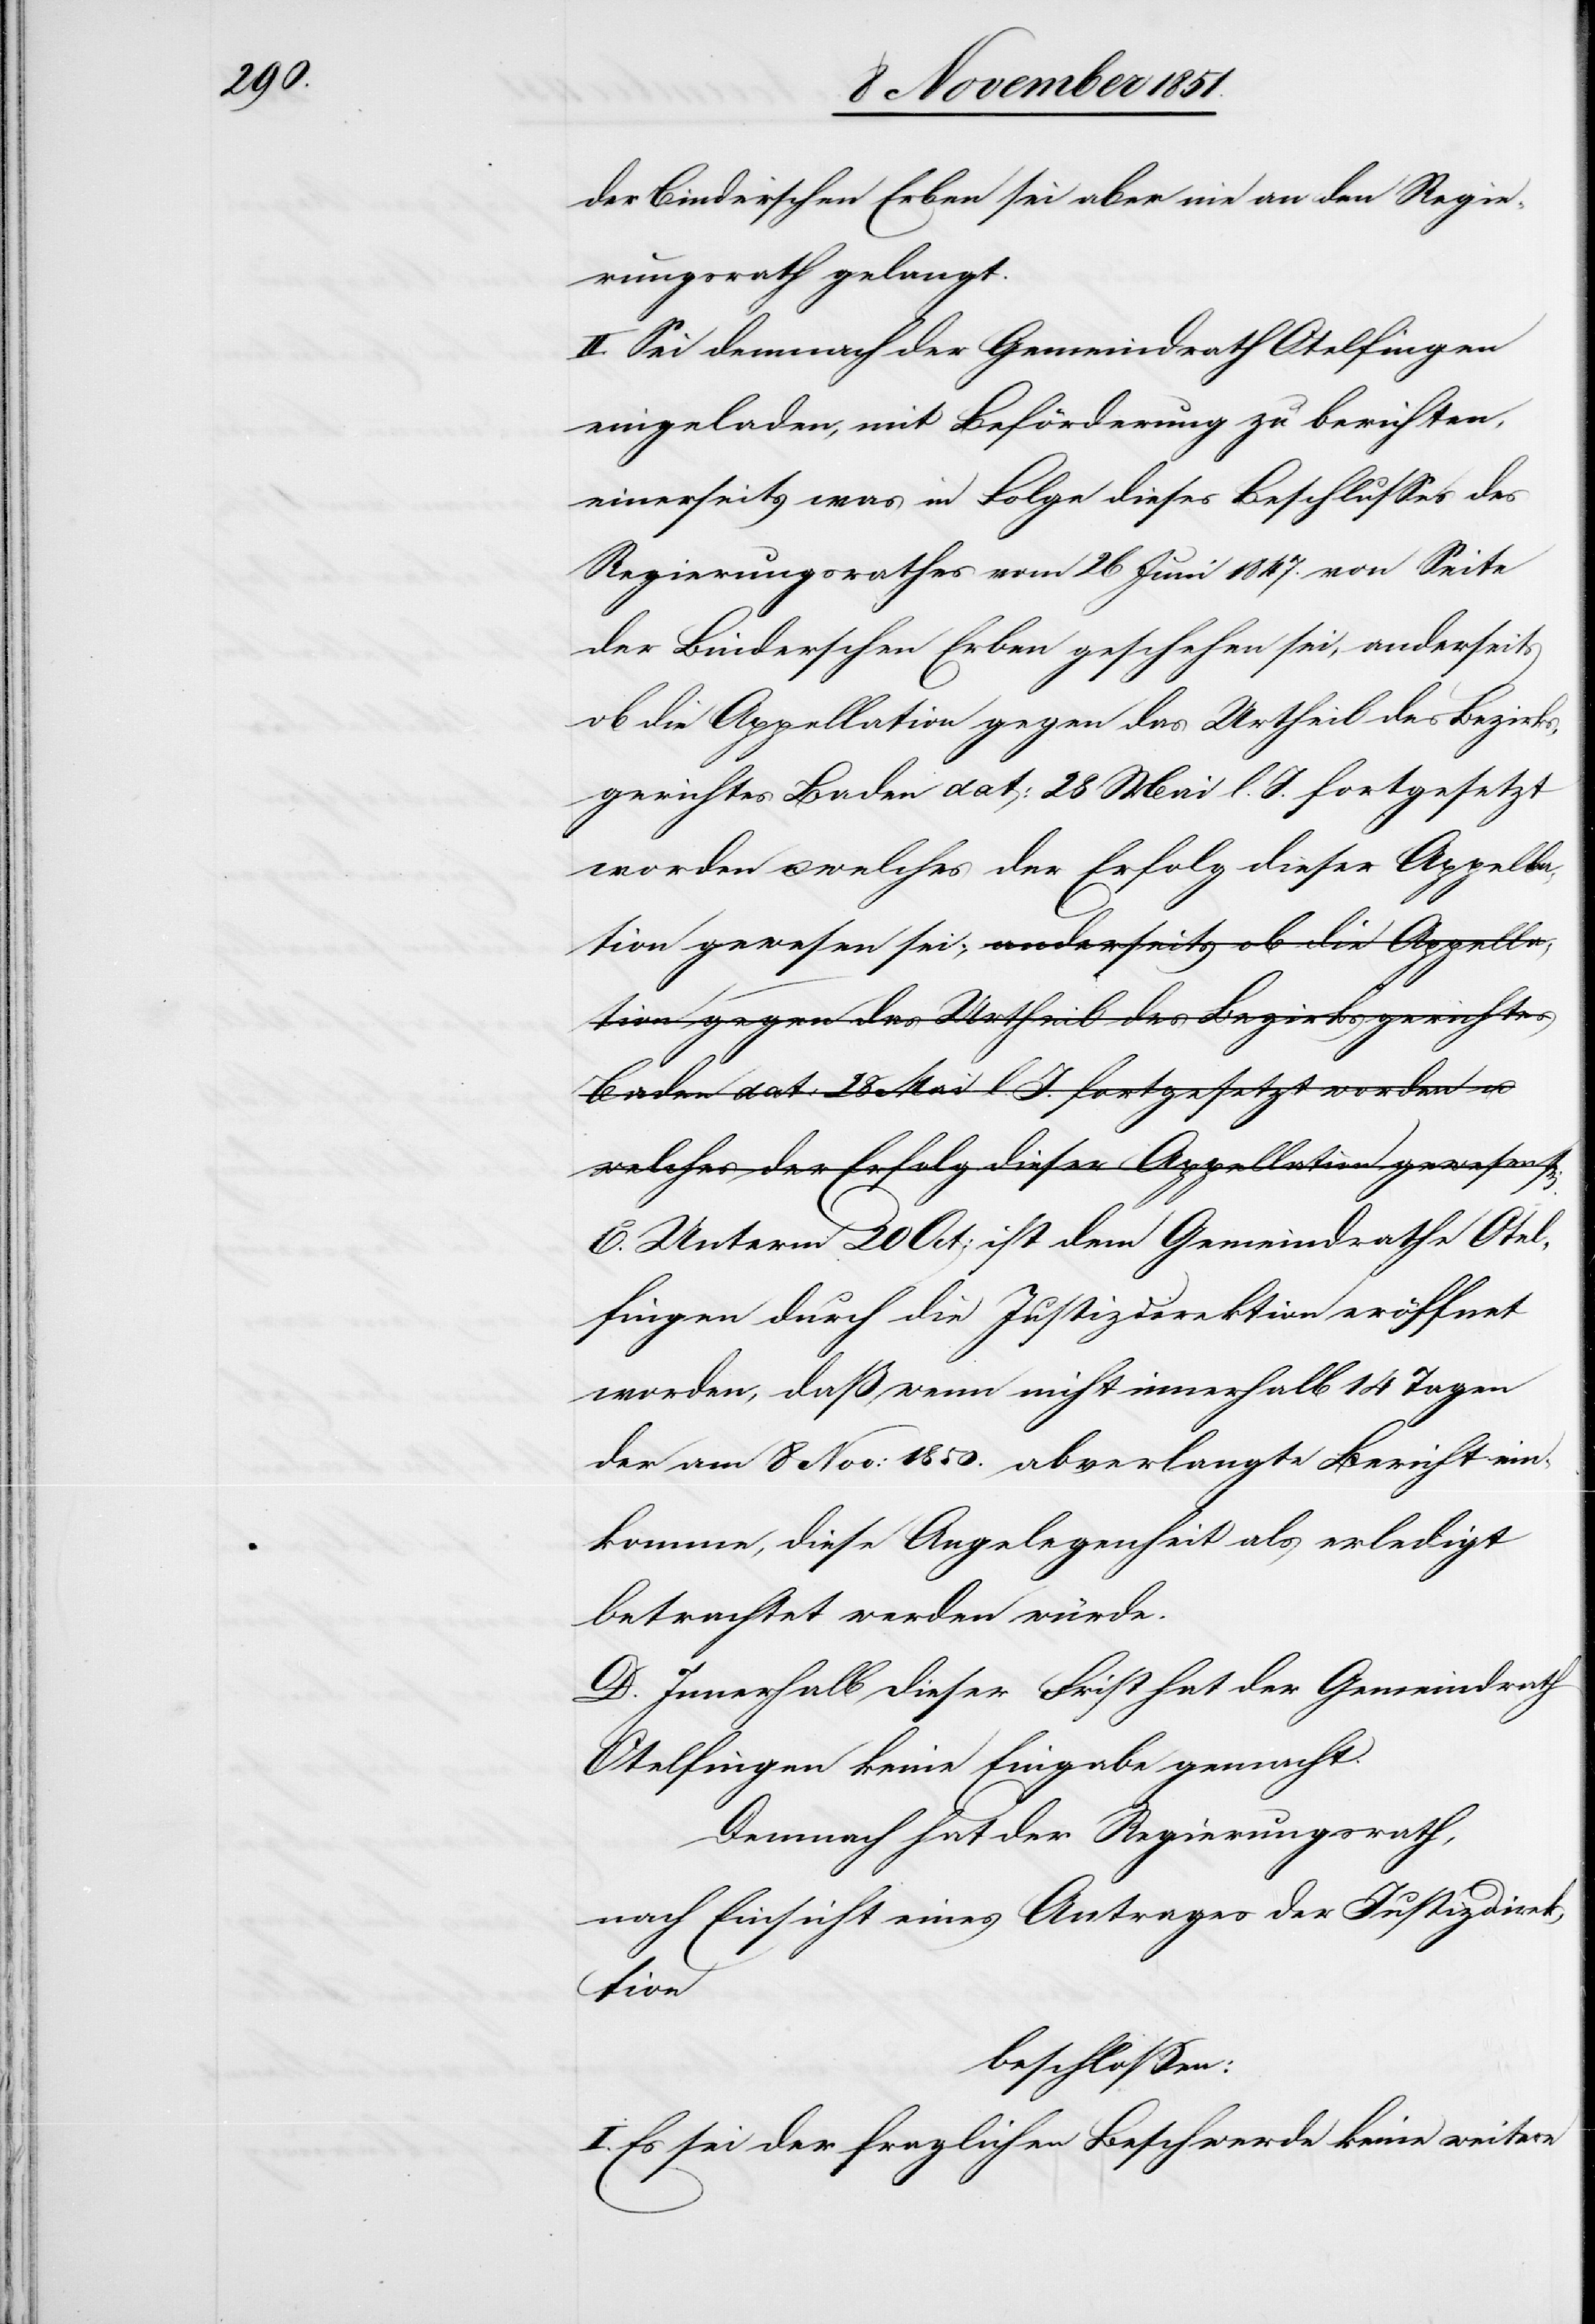
der Binderschen Erben sei aber nie an den Regie¬
rungsrath gelangt.
II. Sei demnach der Gemeindrath Otelfingen
eingeladen, mit Beförderung zu berichten,
einerseits was in Folge dieses Beschlusses des
Regierungsrathes vom 26 Juni 1847. von Seite
der Binderschen Erben geschehen sei, anderseits
ob die Appellation gegen das Urtheil des Bezirks¬
gerichtes Baden dat: 28 Mai l. J. fortgesetzt
welches der Erfolg dieser Appellation gewesen sei;
C. Unterm 20 Oct: ist dem Gemeindrathe Otel¬
fingen durch die Justizdirektion eröffnet
worden, daß wenn nicht innerhalb 14 Tagen
der am 8 Nov: 1850. abverlangte Bericht ein¬
komme, diese Angelegenheit als erledigt
betrachtet werden würde.
D. Innerhalb dieser Frist hat der Gemeindrath
Otelfingen keine Eingabe gemacht.
Demnach hat der Regierungsrath,
nach Einsicht eines Antrages der Justizdire¬
ktion
beschlossen:
I. Es sei der fraglichen Beschwerde keine weitere